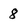
Character: 8